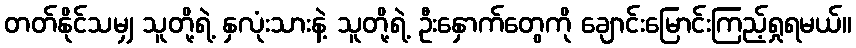
တတ်နိုင်သမျှ သူတို့ရဲ့ နှလုံးသားနဲ့ သူတို့ရဲ့ ဦးနှောက်တွေကို ချောင်းမြောင်းကြည့်ရှုရမယ်။